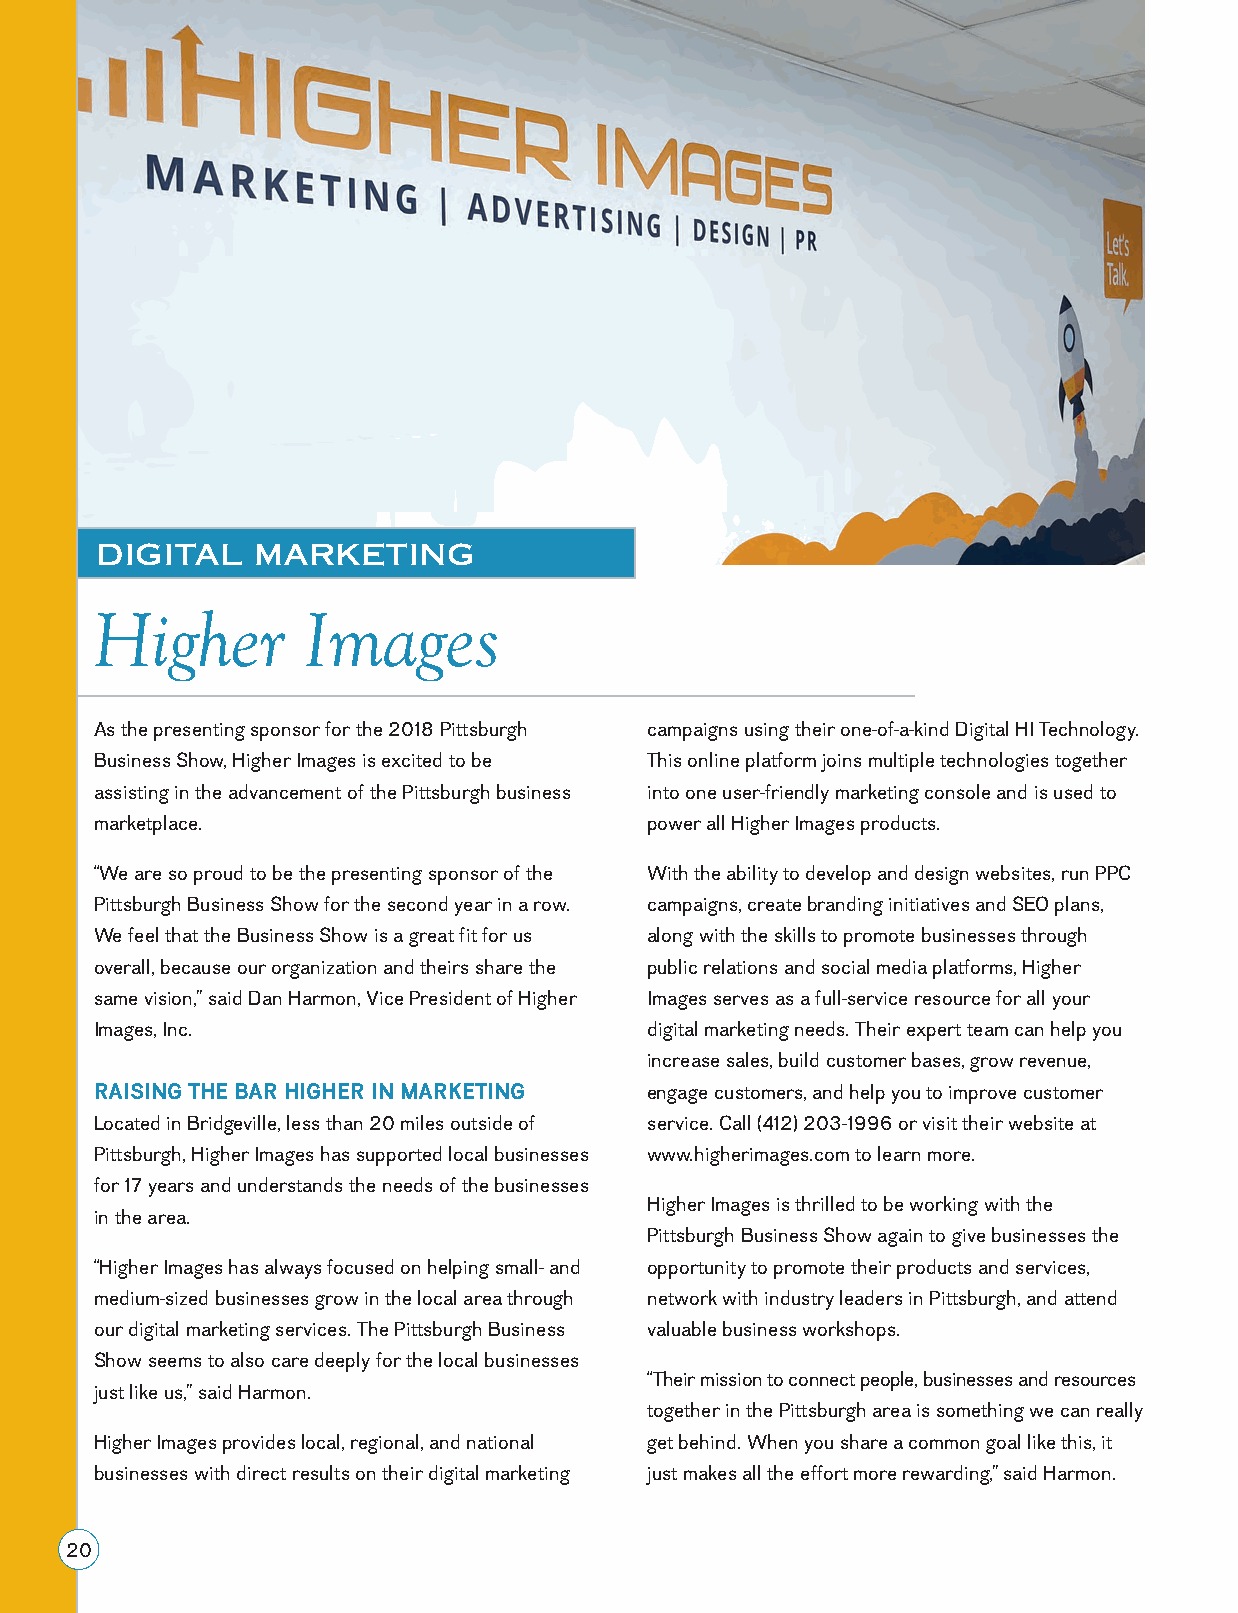
DIGITAL    MARKETING
 Higher        Images
 As the presenting sponsor for the 2018 Pittsburgh campaigns using their one-of-a-kind Digital HI Technology.
 Business Show, Higher Images is excited to be This online platform joins multiple technologies together
 assisting in the advancement of the Pittsburgh business into one user-friendly marketing console and is used to
 marketplace.                         power all Higher Images products.
 “We are so proud to be the presenting sponsor of the With the ability to develop and design websites, run PPC
 Pittsburgh Business Show for the second year in a row. campaigns, create branding initiatives and SEO plans,
 We feel that the Business Show is a great fit for us along with the skills to promote businesses through
 overall, because our organization and theirs share the public relations and social media platforms, Higher
 same vision,” said Dan Harmon, Vice President of Higher Images serves as a full-service resource for all your
 Images, Inc.                         digital marketing needs. Their expert team can help you
 increase sales, build customer bases, grow revenue,
 RAISING THE BAR HIGHER IN MARKETING  engage customers, and help you to improve customer
 Located in Bridgeville, less than 20 miles outside of service. Call (412) 203-1996 or visit their website at
 Pittsburgh, Higher Images has supported local businesses www.higherimages.com to learn more.
 for 17 years and understands the needs of the businesses
 Higher Images is thrilled to be working with the
 in the area.
 Pittsburgh Business Show again to give businesses the
 “Higher Images has always focused on helping small- and opportunity to promote their products and services,
 medium-sized businesses grow in the local area through network with industry leaders in Pittsburgh, and attend
 our digital marketing services. The Pittsburgh Business valuable business workshops.
 Show seems to also care deeply for the local businesses
 “Their mission to connect people, businesses and resources
 just like us,” said Harmon.
 together in the Pittsburgh area is something we can really
 Higher Images provides local, regional, and national get behind. When you share a common goal like this, it
 businesses with direct results on their digital marketing just makes all the effort more rewarding,” said Harmon.
 20